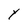
Character: Y